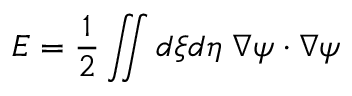
E = \frac { 1 } { 2 } \iint d \xi d \eta \; \nabla \psi \cdot \nabla \psi